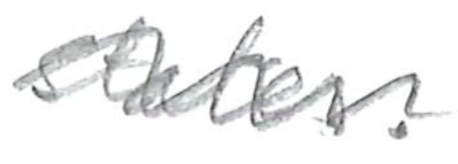
Text: States.
Cross-out: wave
Writing tool: pencil